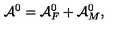
{ \cal A } ^ { 0 } = { \cal A } _ { F } ^ { 0 } + { \cal A } _ { M } ^ { 0 } ,